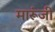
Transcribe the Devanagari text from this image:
मारूंजी